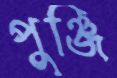
পুঞ্জি